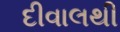
દીવાલથી